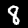
Digit: 8